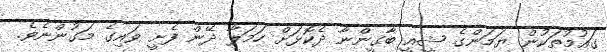
ގައުމުތަކުން ޔަމަންގެ ޝީއީ ބާގީންނާ ދެކޮޅަށް ހަމަލާ ދޭން ފެށީ ވައިގެ މަގުންނެވެ.